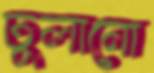
ঢুলানো